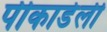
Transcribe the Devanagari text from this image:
पीकाडेली